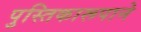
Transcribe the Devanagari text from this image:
पुस्तिकारूपाने